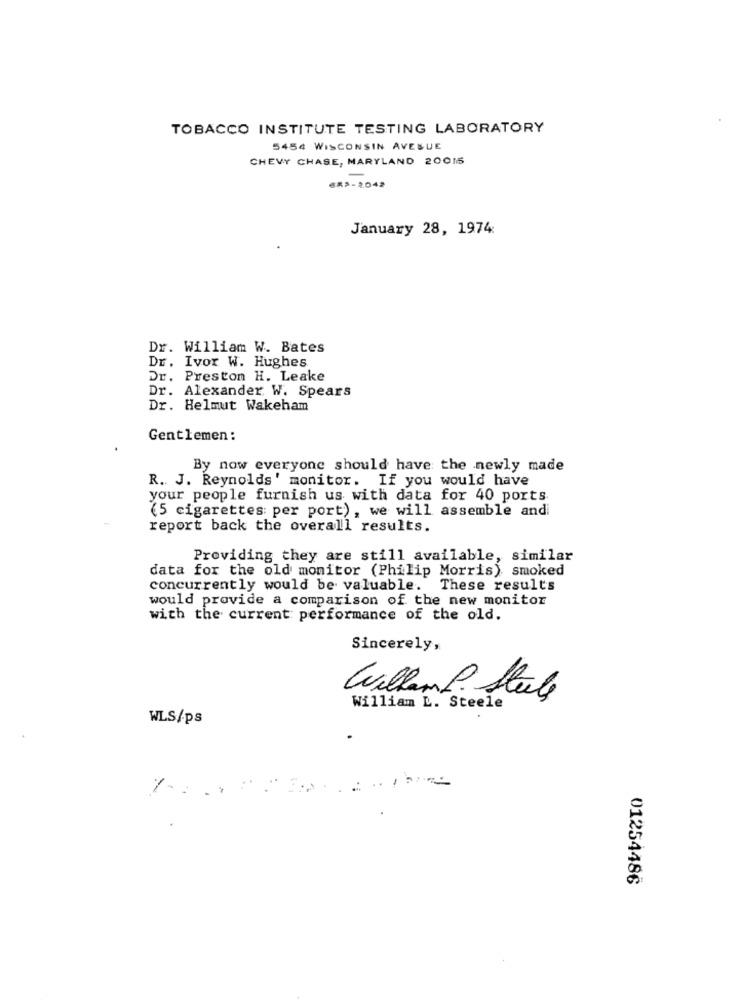
TOBACCO INSTITUTE TESTING LABORATORY
5454 WISCONSIN AVENUE
CHEVY CHASE, MARYLAND 20015
652-2.042
January 28, 1974:
Dr. William W. Bates
Dr. Ivor W. Hughes
Dr. Preston H. Leake
Dr. Alexander W. Spears
Dr. Helmut Wakeham
Gentlemen :
By now everyone should have the newly made
R. J. Reynolds' monitor. If you would have
your people furnish us with data for 40 ports
(5 cigarettes: per port) , we will assemble and
report back the overall results.
Providing they are still available, similar
data for the old monitor (Philip Morris) smoked
concurrently would be valuable.
These results
would provide a comparison of the new monitor
with the current performance of the old.
Sincerely,
WillemP. Suele
William L. Steele
WLS/ps
01254486